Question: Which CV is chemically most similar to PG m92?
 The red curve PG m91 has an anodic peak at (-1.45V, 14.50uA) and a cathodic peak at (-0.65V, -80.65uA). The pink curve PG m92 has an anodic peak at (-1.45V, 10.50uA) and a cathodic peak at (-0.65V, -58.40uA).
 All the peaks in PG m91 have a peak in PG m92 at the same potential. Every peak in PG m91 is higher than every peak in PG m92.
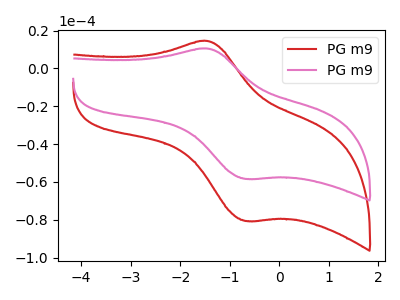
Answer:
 <answer>The CV with the most similar shape to "PG m91" is "PG m92".</answer>
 <eval>"PG m92"</eval>